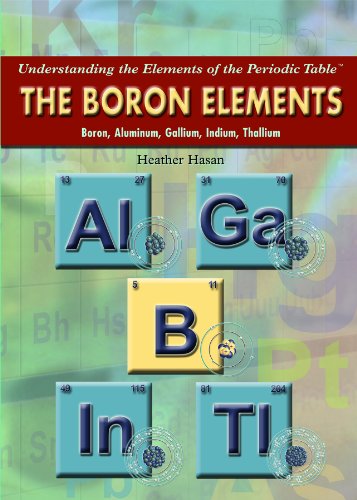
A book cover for The Boron Elements: Boron, Aluminum, Gallium, Indium, Thallium (Understanding the Elements of the Periodic Table); Heather Hasan; Children's Books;